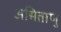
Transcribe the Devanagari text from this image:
असिताणु